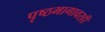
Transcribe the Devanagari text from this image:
पृष्ठभागावरही